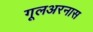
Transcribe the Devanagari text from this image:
गूलअरनास